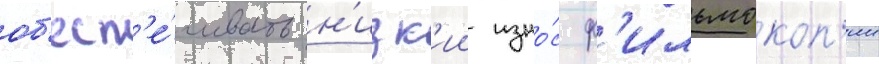
об'есп'е́чивать н'изк'ии изно́с ф'ильмокоп'ии